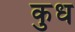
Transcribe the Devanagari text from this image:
कुध